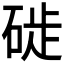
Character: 𥓢